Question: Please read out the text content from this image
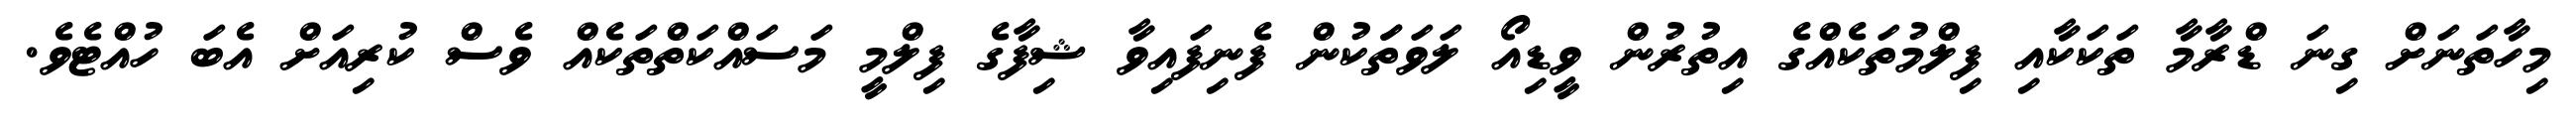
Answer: މިހާތަނަށް ގިނަ ޑްރާމާ ތަކަކާއި ފިލްމުތަކެއްގެ އިތުރުން ވީޑިއޯ ލަވަތަަކުން ފެނިފައިވާ ޝިފާގެ ފިލްމީ މަސައްކަތްތަކެއް ވެސް ކުރިއަށް އެބަ ހުއްޓެވެ.